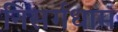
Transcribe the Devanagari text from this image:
निसर्गधाम